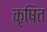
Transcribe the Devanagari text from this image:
कृषित